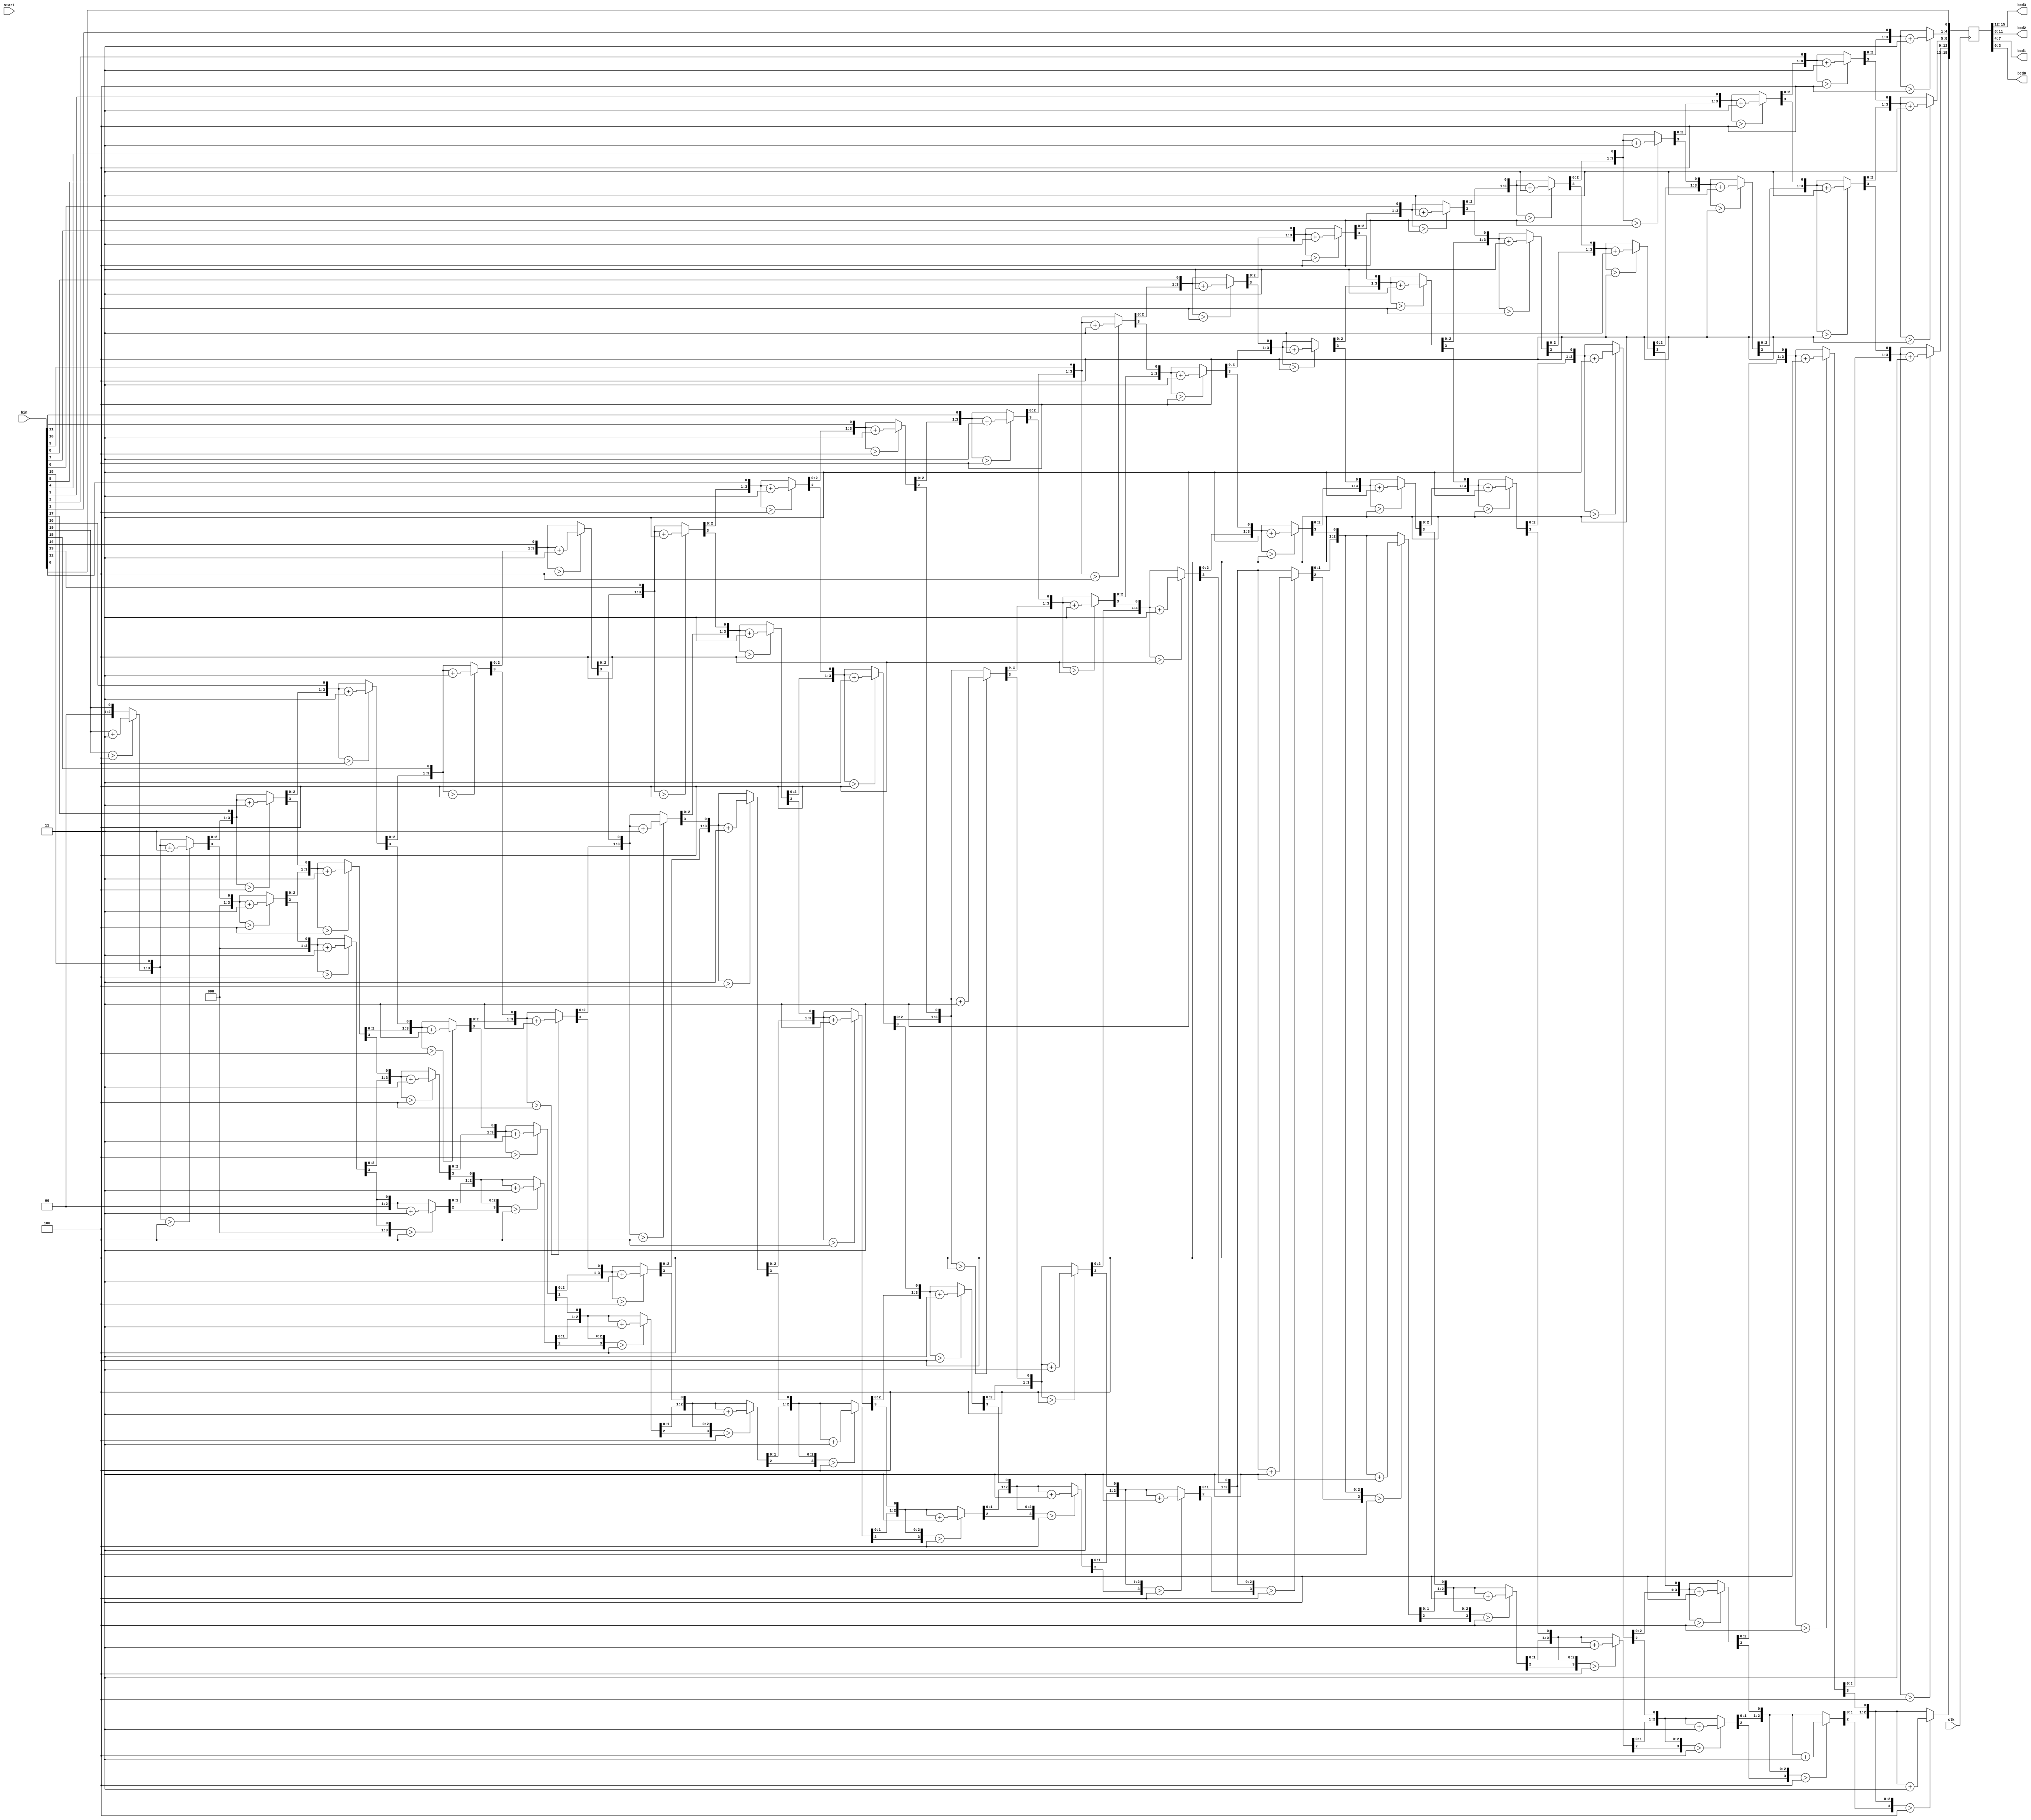
module binaryToBCD(
	input wire clk, start,
	input wire [19:0] bin,
	output wire[3:0] bcd3, bcd2, bcd1, bcd0
);


reg [4:0] i;
reg[15:0] bcd;

always @(posedge clk)
	begin
		bcd = 0;
		for(i = 0; i < 20; i = i+1)
			begin
				bcd = {bcd[14:0], bin[19-i]};
				
				if( i < 19 && bcd[3:0] > 4)
					bcd[3:0] = bcd[3:0] + 3;
				if(i < 19 && bcd[7:4] > 4)
					bcd[7:4] = bcd[7:4] + 3;
				if(i < 19 && bcd[11:8] > 4)
					bcd[11:8] = bcd[11:8] + 3;
				if(i < 19 && bcd[15:12] > 4)
					bcd[15:12] = bcd[15:12] + 3;
			end
	end
		
assign bcd0 = bcd[3:0];
assign bcd1 = bcd[7:4];
assign bcd2 = bcd[11:8];
assign bcd3 = bcd[15:12];
endmodule